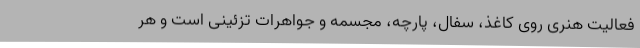
فعالیت هنری روی کاغذ، سفال، پارچه، مجسمه و جواهرات تزئینی است و هر